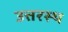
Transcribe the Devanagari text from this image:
उत्तरस्थ